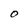
Character: O